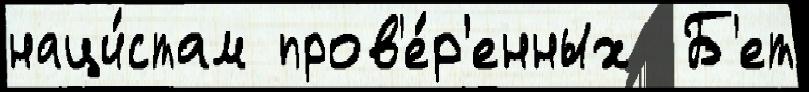
наци́стам пров'е́р'енных  Б'ет